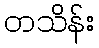
တသိန်း